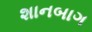
શાનબાગ